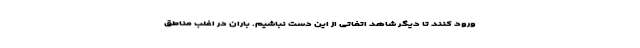
ورود کنند تا دیگر شاهد اتفاتی از این دست نباشیم. باران در اغلب مناطق